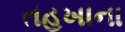
તહખાના